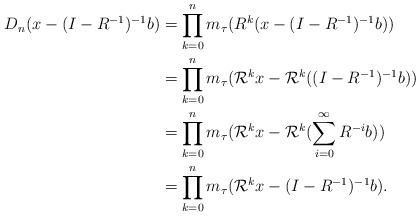
LaTeX: \begin{align*}D_n(x-(I-R^{-1})^{-1}b)&=\prod_{k=0}^{n}m_\tau(R^k(x-(I-R^{-1})^{-1}b))\\&=\prod_{k=0}^{n}m_\tau(\mathcal{R}^kx-\mathcal{R}^k((I-R^{-1})^{-1}b))\\&=\prod_{k=0}^{n}m_\tau(\mathcal{R}^kx-\mathcal{R}^k(\sum\limits_{i=0}^{\infty}R^{-i}b))\\&=\prod_{k=0}^{n}m_\tau(\mathcal{R}^kx-(I-R^{-1})^{-1}b).\end{align*}